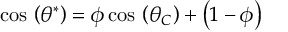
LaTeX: \cos \, \left( \theta ^ { * } \right) = \phi \cos \, \left( \theta _ { C } \right) + \left( 1 - \phi \right)